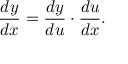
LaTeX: { \frac { d y } { d x } } = { \frac { d y } { d u } } \cdot { \frac { d u } { d x } } .